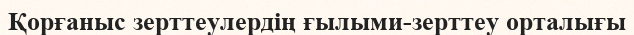
Қорғаныс зерттеулердің ғылыми-зерттеу орталығы